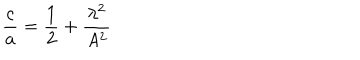
\frac { c } { a } = \frac { 1 } { 2 } + \frac { \lambda ^ { 2 } } { A ^ { 2 } }